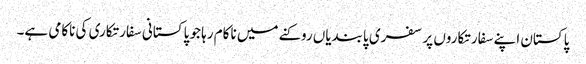
پاکستان اپنے سفارتکاروں پر سفری پابندیاں روکنے میں ناکام رہا جو پاکستانی سفارتکاری کی ناکامی ہے۔